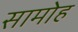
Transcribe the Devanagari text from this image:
सामोह